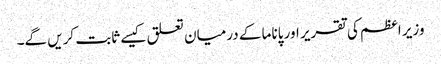
وزیر اعظم کی تقریر اور پاناما کے درمیان تعلق کیسے ثابت کریں گے۔